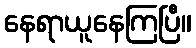
နေရာယူနေကြပြီ။